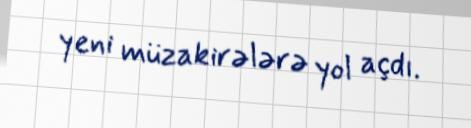
yeni müzakirələrə yol açdı.